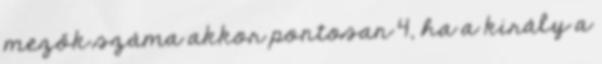
mezők száma akkor pontosan 4, ha a király a